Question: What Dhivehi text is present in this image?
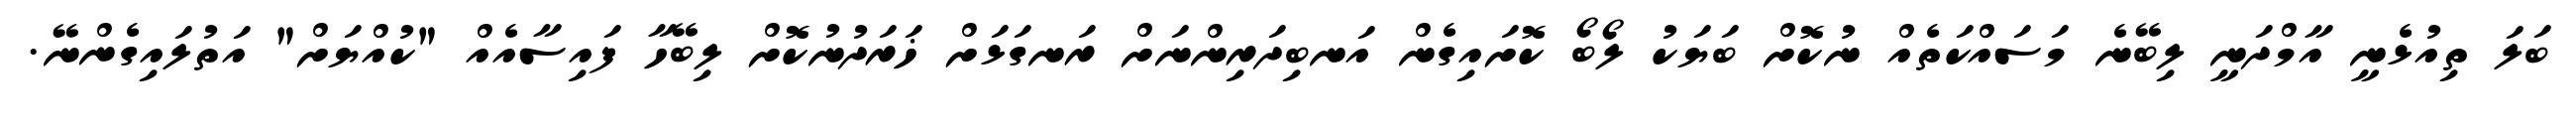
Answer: ބަލަ ތިއުޅެނީ އާމްދަނީ ލިބޭނެ މަސައްކަތެއް ނުކޮށް ބަޔަކު ލޯބޯ ކޮށައިގެން އަނބިދަރިންނަށް ރަނގަޅަށް ޚަރަދުނުކޮށް ލިބޭހާ ފައިސާއެއް "ކުއްޔަށް" އަތުލައިގެންނޭ.